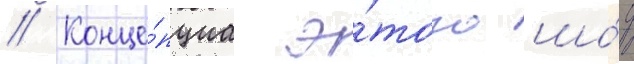
// Конце́пциа э́того шо́у